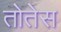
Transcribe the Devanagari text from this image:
तोतेस